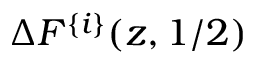
\Delta F ^ { \{ i \} } ( z , 1 / 2 )